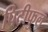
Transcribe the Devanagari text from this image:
पिटीफुल